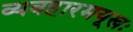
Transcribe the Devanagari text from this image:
व्यवहारमयूखः